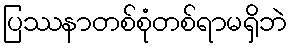
ပြဿနာတစ်စုံတစ်ရာမရှိဘဲ